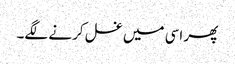
پھر اسی میں غسل کرنے لگے۔